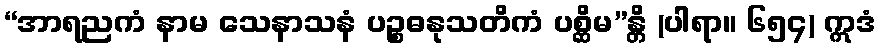
“အာရညကံ နာမ သေနာသနံ ပဉ္စဓနုသတိကံ ပစ္ဆိမ”န္တိ (ပါရာ။ ၆၅၄) ဣဒံ